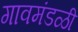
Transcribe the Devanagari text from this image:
गावमंडळी